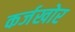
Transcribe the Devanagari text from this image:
कर्जखोर